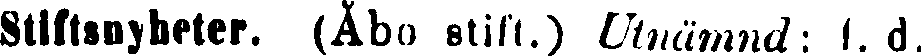
Stiftsnyheter. (Åbo stift.) Utnämnd: l. d.